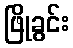
ဖြိုခွင်း